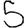
Digit: 5